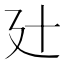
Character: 𢌗